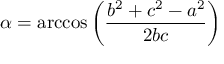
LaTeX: \alpha = \operatorname { a r c c o s } \left( { \frac { b ^ { 2 } + c ^ { 2 } - a ^ { 2 } } { 2 b c } } \right)